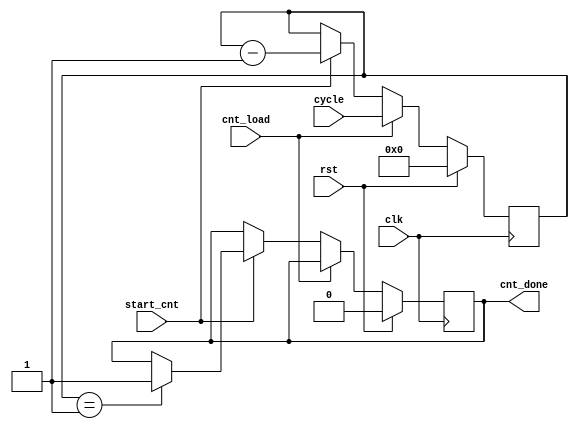
`timescale 1ns/1ps
module counter (clk, rst, cycle, cnt_done, cnt_load, start_cnt);

input clk, rst, cnt_load, start_cnt;
input [31:0] cycle;
output reg cnt_done;
reg [31:0] cnt;

always @(posedge clk)
begin
	if (rst == 1)
		begin
			cnt <= 0;
			cnt_done <= 0;
		end
	else if (cnt_load == 1)
		cnt <= cycle;
	else if (start_cnt == 1)
		begin
			cnt <= cnt - 1;
				if (cnt == 1)
					cnt_done <= 1;
		end
	

end


endmodule